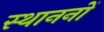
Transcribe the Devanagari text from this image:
स्थाननों